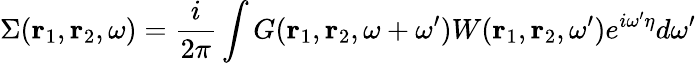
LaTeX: \Sigma(\mathbf{r}_{1},\mathbf{r}_{2},\omega)=\frac{i}{2\pi}\int G(\mathbf{r}_{1},\mathbf{r}_{2},\omega+\omega^{\prime})W(\mathbf{r}_{1},\mathbf{r}_{2},\omega^{\prime})e^{i\omega^{\prime}\eta}d\omega^{\prime}